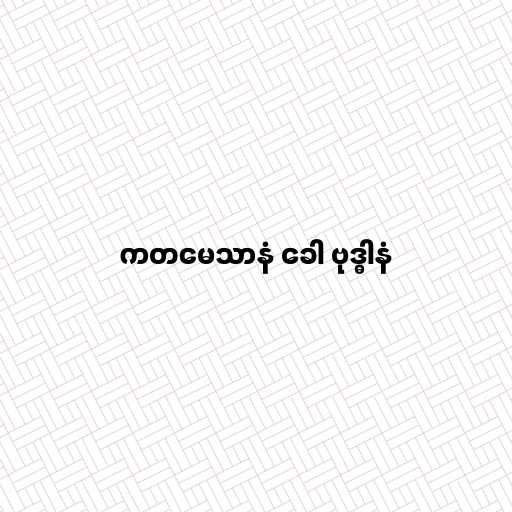
ကတမေသာနံ ခေါ ဗုဒ္ဓါနံ